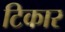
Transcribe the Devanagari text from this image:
टिकार